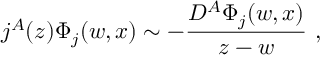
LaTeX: j ^ { A } ( z ) \Phi _ { j } ( w , x ) \sim - \frac { D ^ { A } \Phi _ { j } ( w , x ) } { z - w } ~ ,